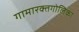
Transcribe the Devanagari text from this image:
गामारक्तगोलिका